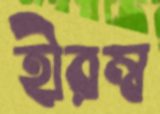
হীরম্ব